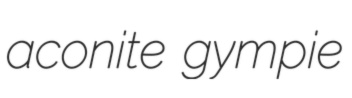
aconite gympie